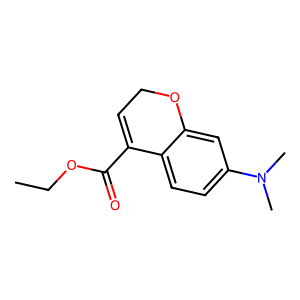
SMILES: CCOC(=O)C1=CCOc2cc(N(C)C)ccc21
Inhibits HIV replication: No